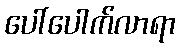
ပေါ်ပေါက်လာရာ